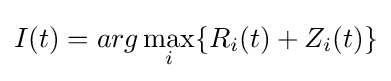
I(t)=arg\max _{i}\{R_{i}(t)+Z_{i}(t)\}